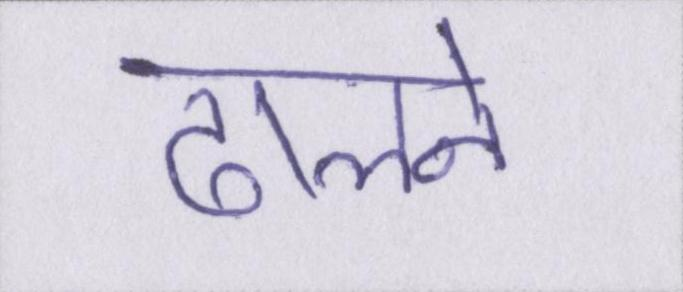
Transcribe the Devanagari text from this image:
ढालने